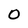
Character: O